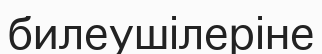
билеушілеріне